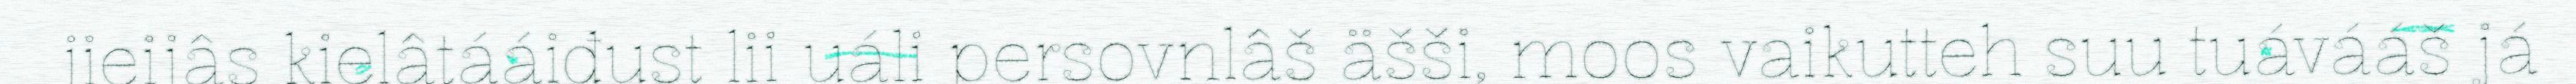
jieijâs kielâtááiđust lii uáli persovnlâš äšši, moos vaikutteh suu tuávááš já